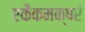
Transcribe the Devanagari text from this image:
एकैकमक्षरं